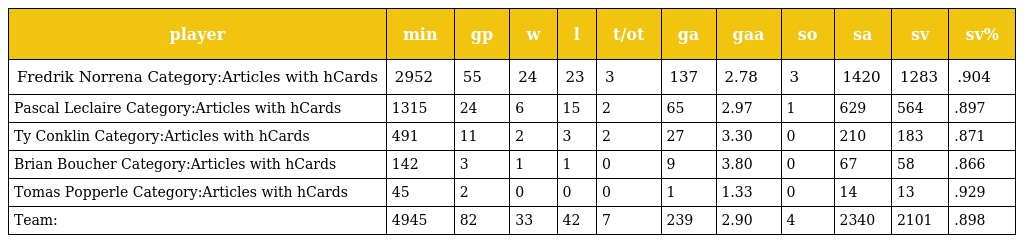
| player | min | gp | w | l | t/ot | ga | gaa | so | sa | sv | sv% |
 | --- | --- | --- | --- | --- | --- | --- | --- | --- | --- | --- | --- |
 | Fredrik Norrena Category:Articles with hCards | 2952 | 55 | 24 | 23 | 3 | 137 | 2.78 | 3 | 1420 | 1283 | .904 |
 | Pascal Leclaire Category:Articles with hCards | 1315 | 24 | 6 | 15 | 2 | 65 | 2.97 | 1 | 629 | 564 | .897 |
 | Ty Conklin Category:Articles with hCards | 491 | 11 | 2 | 3 | 2 | 27 | 3.30 | 0 | 210 | 183 | .871 |
 | Brian Boucher Category:Articles with hCards | 142 | 3 | 1 | 1 | 0 | 9 | 3.80 | 0 | 67 | 58 | .866 |
 | Tomas Popperle Category:Articles with hCards | 45 | 2 | 0 | 0 | 0 | 1 | 1.33 | 0 | 14 | 13 | .929 |
 | Team: | 4945 | 82 | 33 | 42 | 7 | 239 | 2.90 | 4 | 2340 | 2101 | .898 |